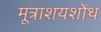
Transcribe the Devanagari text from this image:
मूत्राशयशोथ